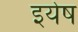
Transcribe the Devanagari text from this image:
इयेष